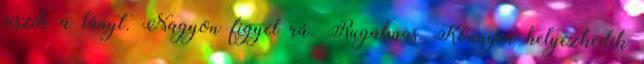
viszik a lányt. Nagyon figyel rá. Rugalmas. Könnyen helyezkedik